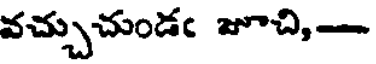
వచ్చుచుండఁ జూచి,-